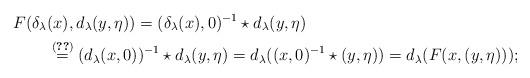
LaTeX: \begin{align*} F (\delta_\lambda &(x), d_\lambda(y,\eta) )= (\delta_\lambda(x),0 )^{-1}\star d_\lambda(y,\eta) \\ & \stackrel{\eqref{sec.two_2:eq_DstardeltaX}}{=} (d_\lambda(x,0) )^{-1}\star d_\lambda(y,\eta) = d_\lambda ((x,0)^{-1}\star(y,\eta) ) = d_\lambda (F (x, (y,\eta) ) ); \end{align*}